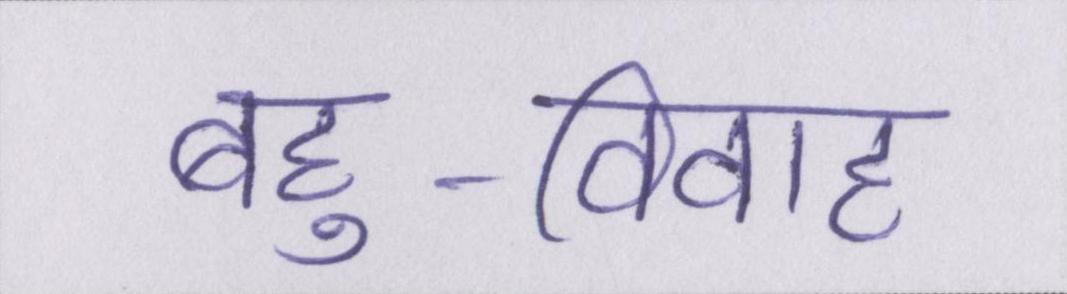
बहु-विवाह